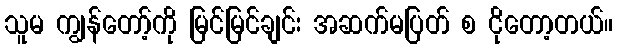
သူမ ကျွန်တော့်ကို မြင်မြင်ချင်း အဆက်မပြတ် စ ငိုတော့တယ်။